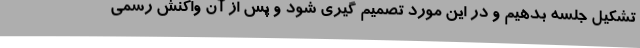
تشکیل جلسه بدهیم و در این مورد تصمیم گیری شود و پس از آن واکنش رسمی